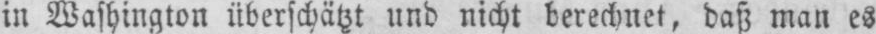
in Washington überschätzt und nicht berechnet, daß man es